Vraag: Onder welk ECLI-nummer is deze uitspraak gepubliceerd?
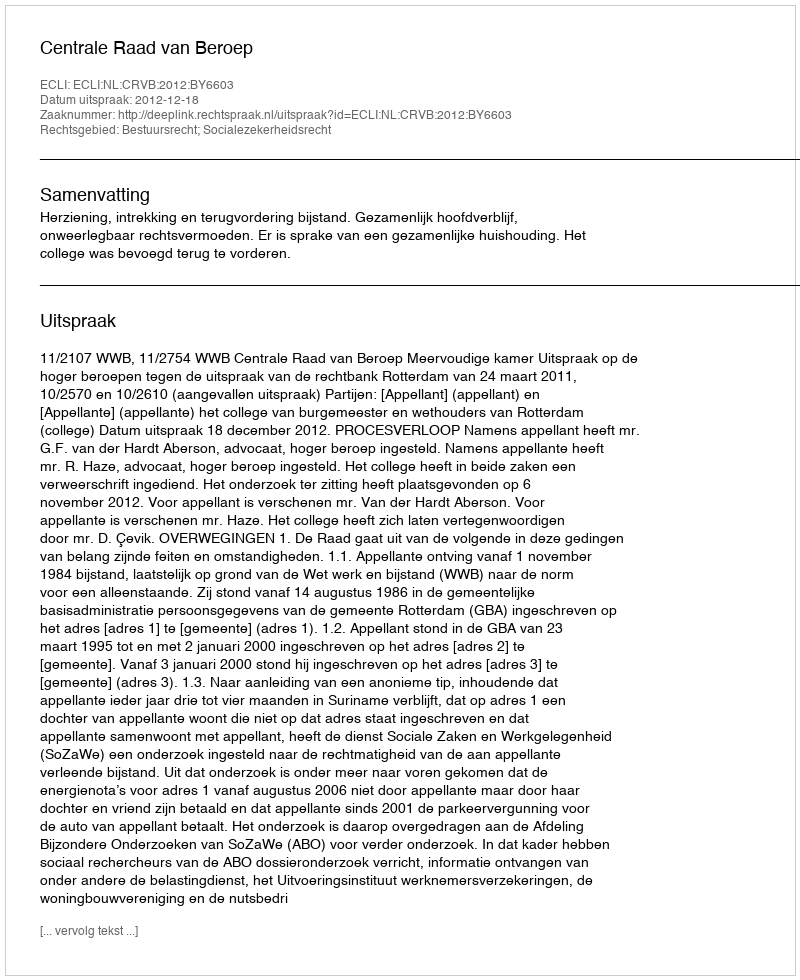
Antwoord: ECLI:NL:CRVB:2012:BY6603